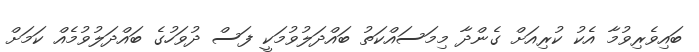
ބައިވެރިވުމާ އެކު ކުރިއަށް ގެންދާ މިމަސައްކަތު ބައްދަލުވުމަކީ ފަސް ދުވަހުގެ ބައްދަލުވުމެއް ކަމަށް